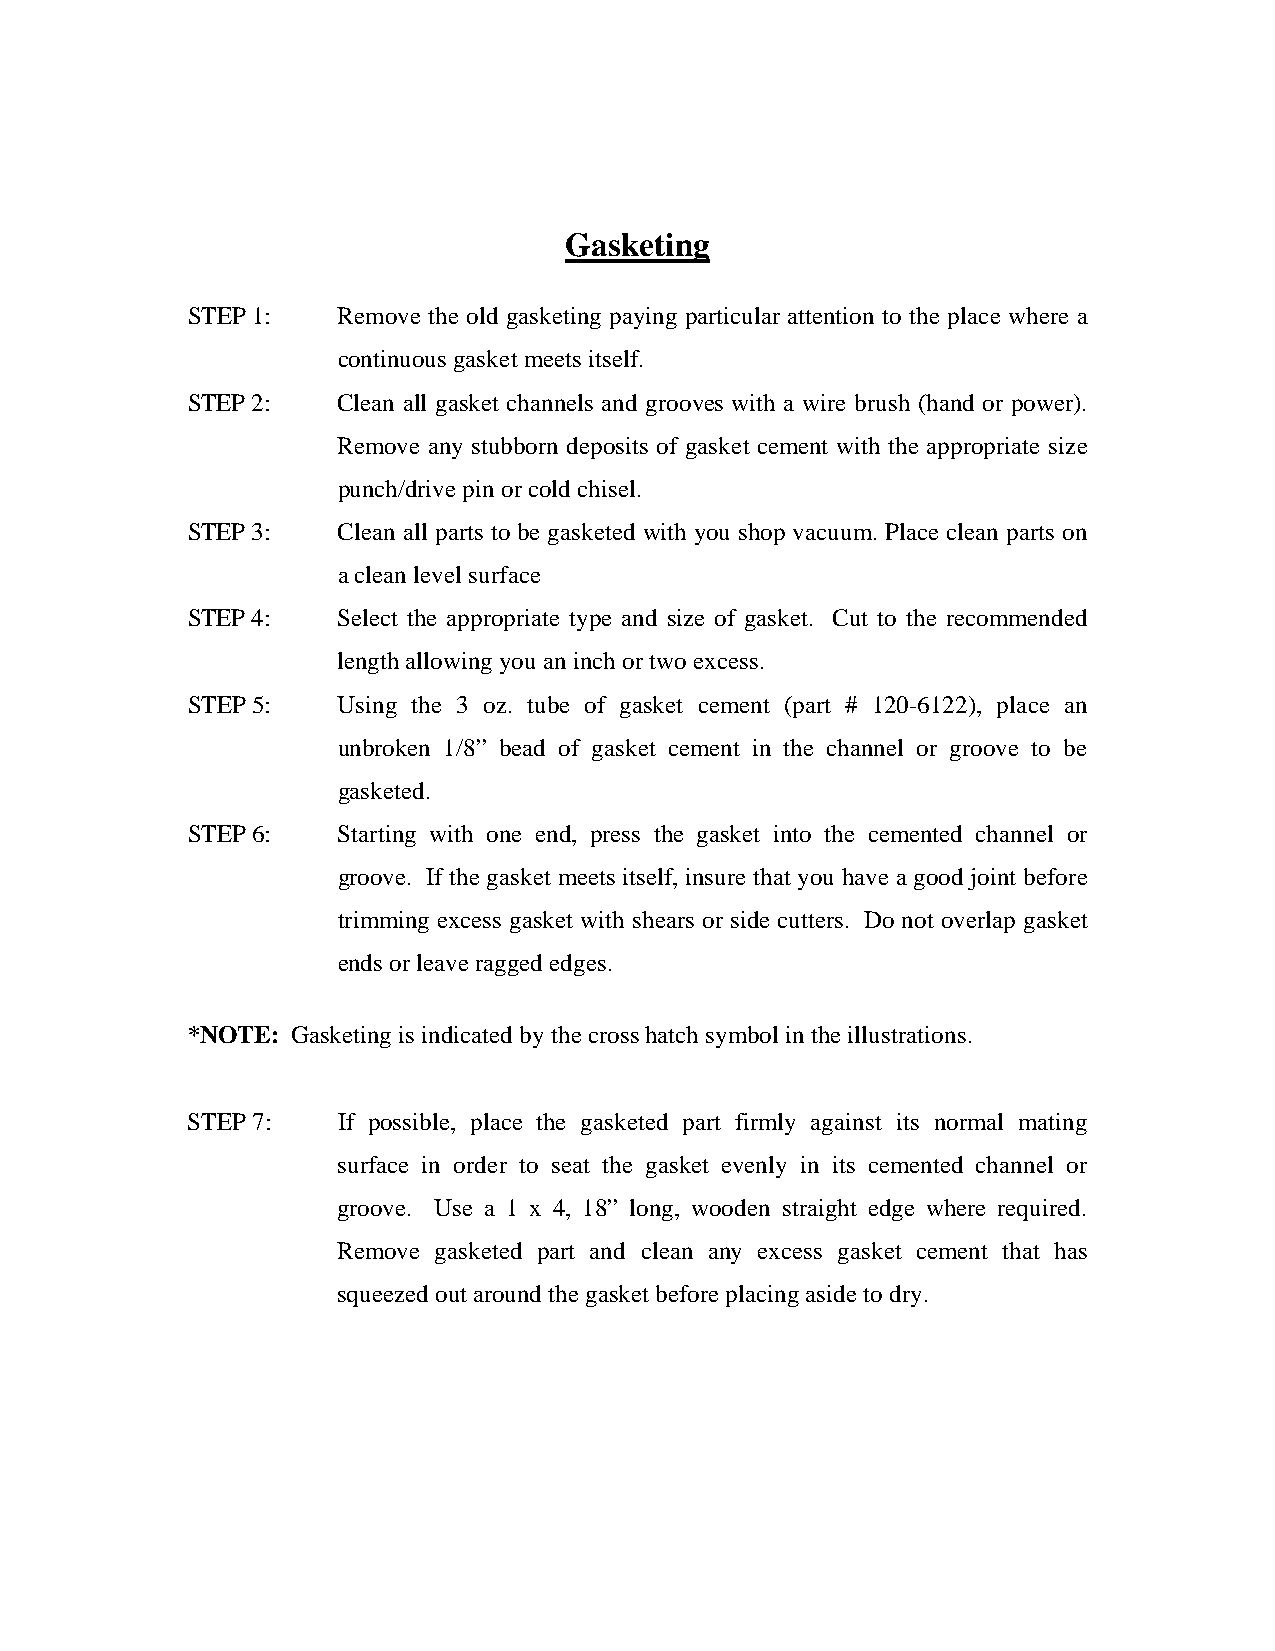
Gasketing
 STEP 1:   Remove the old gasketing paying particular attention to the place where a
 continuous gasket meets itself.
 STEP 2:   Clean all gasket channels and grooves with a wire brush (hand or power).
 Remove any stubborn deposits of gasket cement with the appropriate size
 punch/drive pin or cold chisel.
 STEP 3:   Clean all parts to be gasketed with you shop vacuum. Place clean parts on
 a clean level surface
 STEP 4:   Select the appropriate type and size of gasket. Cut to the recommended
 length allowing you an inch or two excess.
 STEP 5:   Using the 3 oz. tube of gasket cement (part # 120-6122), place an
 unbroken 1/8” bead of gasket cement in the channel or groove to be
 gasketed.
 STEP 6:   Starting with one end, press the gasket into the cemented channel or
 groove. If the gasket meets itself, insure that you have a good joint before
 trimming excess gasket with shears or side cutters. Do not overlap gasket
 ends or leave ragged edges.
 *NOTE: Gasketing is indicated by the cross hatch symbol in the illustrations.
 STEP 7:   If possible, place the gasketed part firmly against its normal mating
 surface in order to seat the gasket evenly in its cemented channel or
 groove. Use a 1 x 4, 18” long, wooden straight edge where required.
 Remove gasketed part and clean any excess gasket cement that has
 squeezed out around the gasket before placing aside to dry.